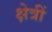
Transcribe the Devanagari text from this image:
क्षेत्रीं